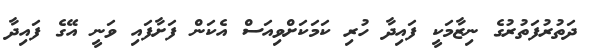
ދަތުރުފަތުރުގެ ނިޒާމަކީ ފައިދާ ހުރި ކަމަކަށްވިއަސް އެކަން ފަށާފައި ވަނީ އޭގެ ފައިދާ